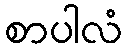
စာပါလံ